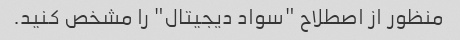
منظور از اصطلاح "سواد دیجیتال" را مشخص کنید.